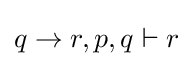
q\rightarrow r,p,q\vdash r